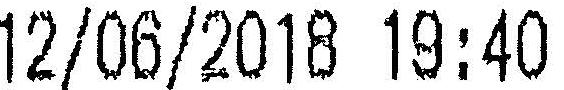
12/06/2018 19:40